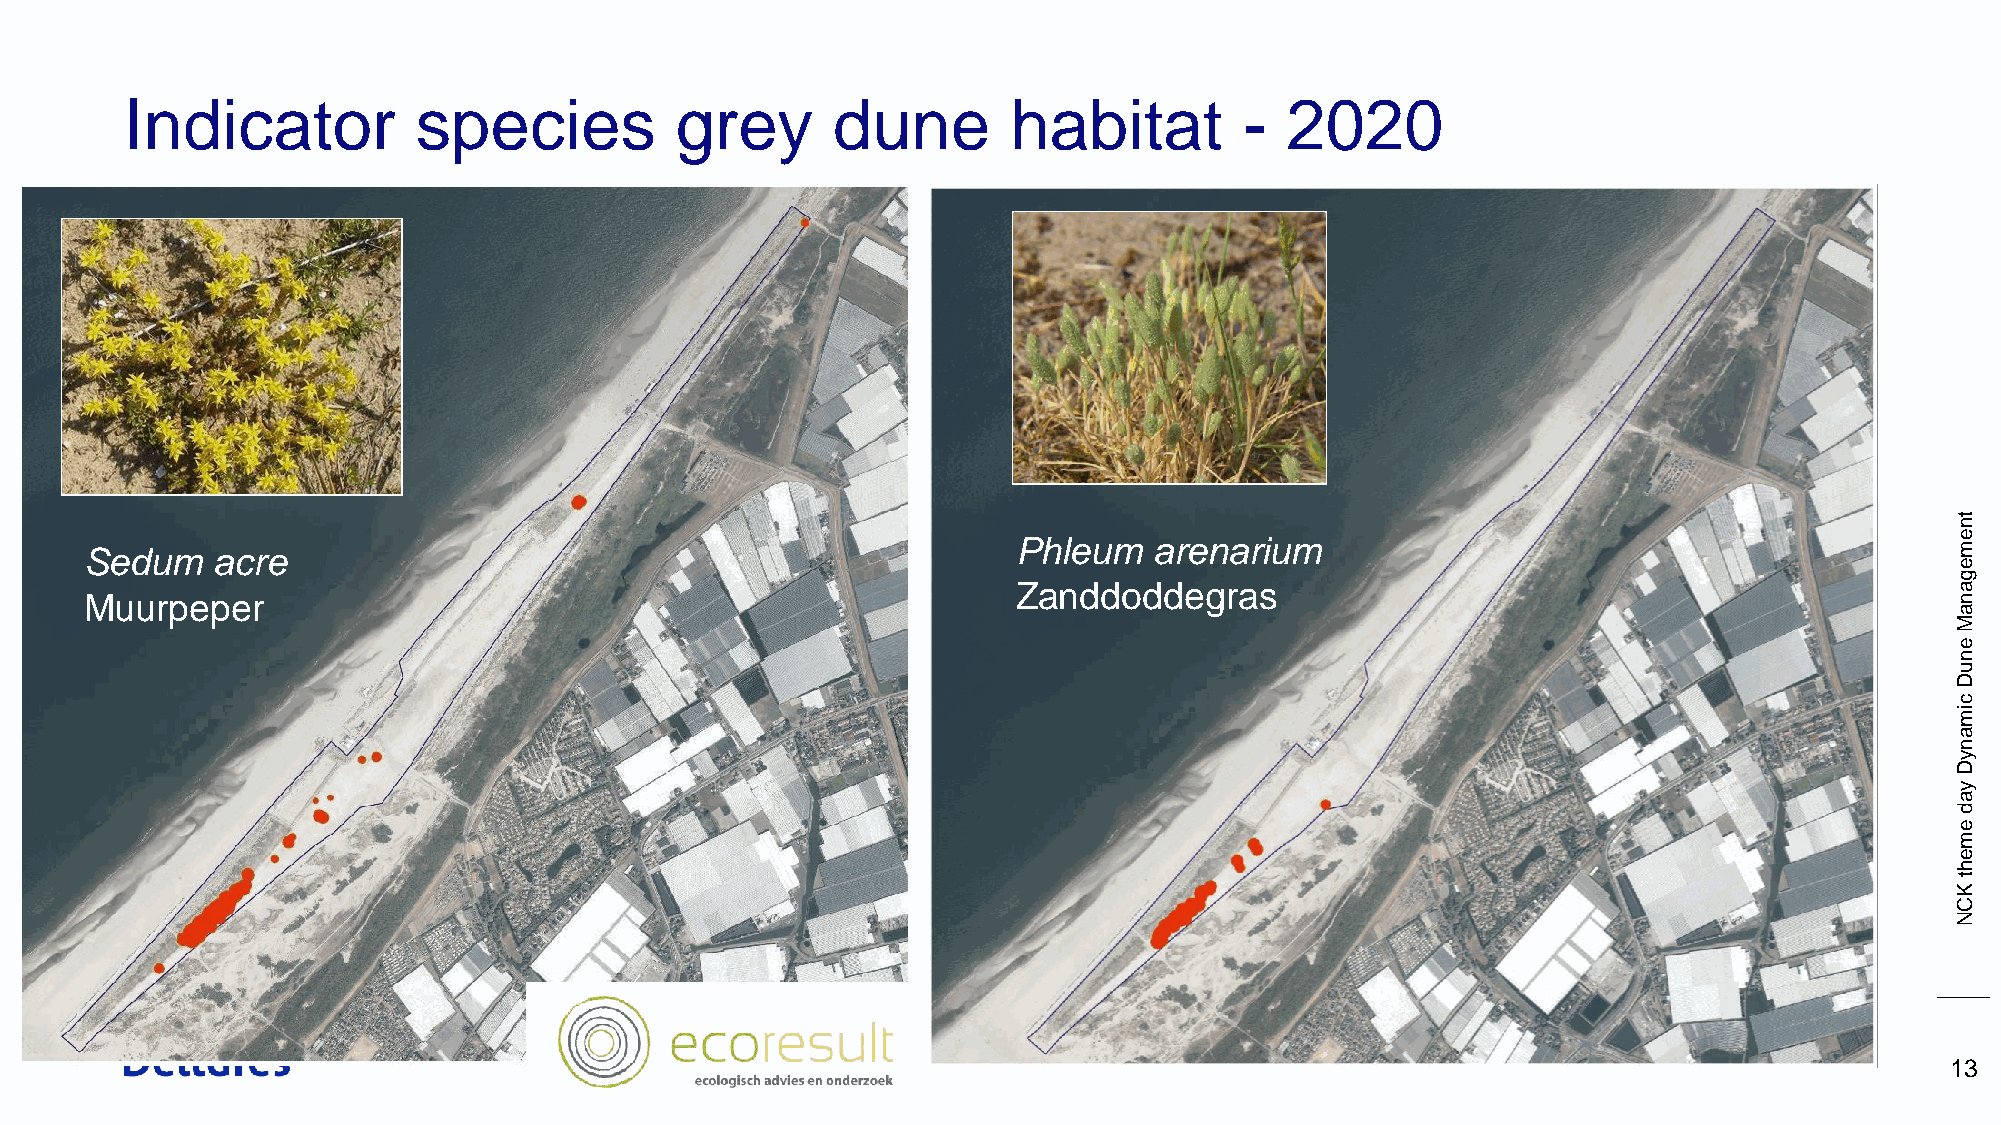
Indicator           species          grey      dune        habitat        -  2020
 tn
 Sedum   acre                                                 Phleum   arenarium                                            e m
 e
 g
 Zanddoddegras                                                 a
 Muurpeper                                                                                                                  n
 a
 M
 e
 n
 u
 D
 c
 im
 a
 n
 y
 D
 y
 a
 d
 e
 m
 e
 h
 t
 K
 C
 N
 13